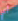
أي